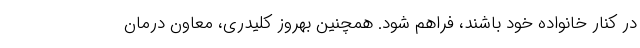
در کنار خانواده خود باشند، فراهم شود. همچنین بهروز کلیدری، معاون درمان